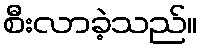
စီးလာခဲ့သည်။